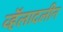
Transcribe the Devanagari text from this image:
व्हॅलादलीन